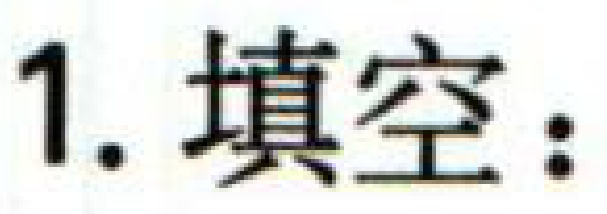
1. 填空：